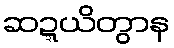
ဆဍ္ဍယိတွာန